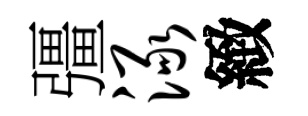
彊渌緻